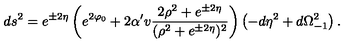
d s ^ { 2 } = e ^ { \pm 2 \eta } \left( e ^ { 2 \varphi _ { 0 } } + 2 \alpha ^ { \prime } v \frac { 2 \rho ^ { 2 } + e ^ { \pm 2 \eta } } { ( \rho ^ { 2 } + e ^ { \pm 2 \eta } ) ^ { 2 } } \right) \left( - d \eta ^ { 2 } + d \Omega _ { - 1 } ^ { 2 } \right) .